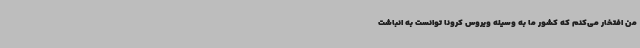
من افتخار می‌کنم که کشور ما به وسیله ویروس کرونا توانست به انباشت